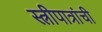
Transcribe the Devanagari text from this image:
स्त्रीपात्रांची